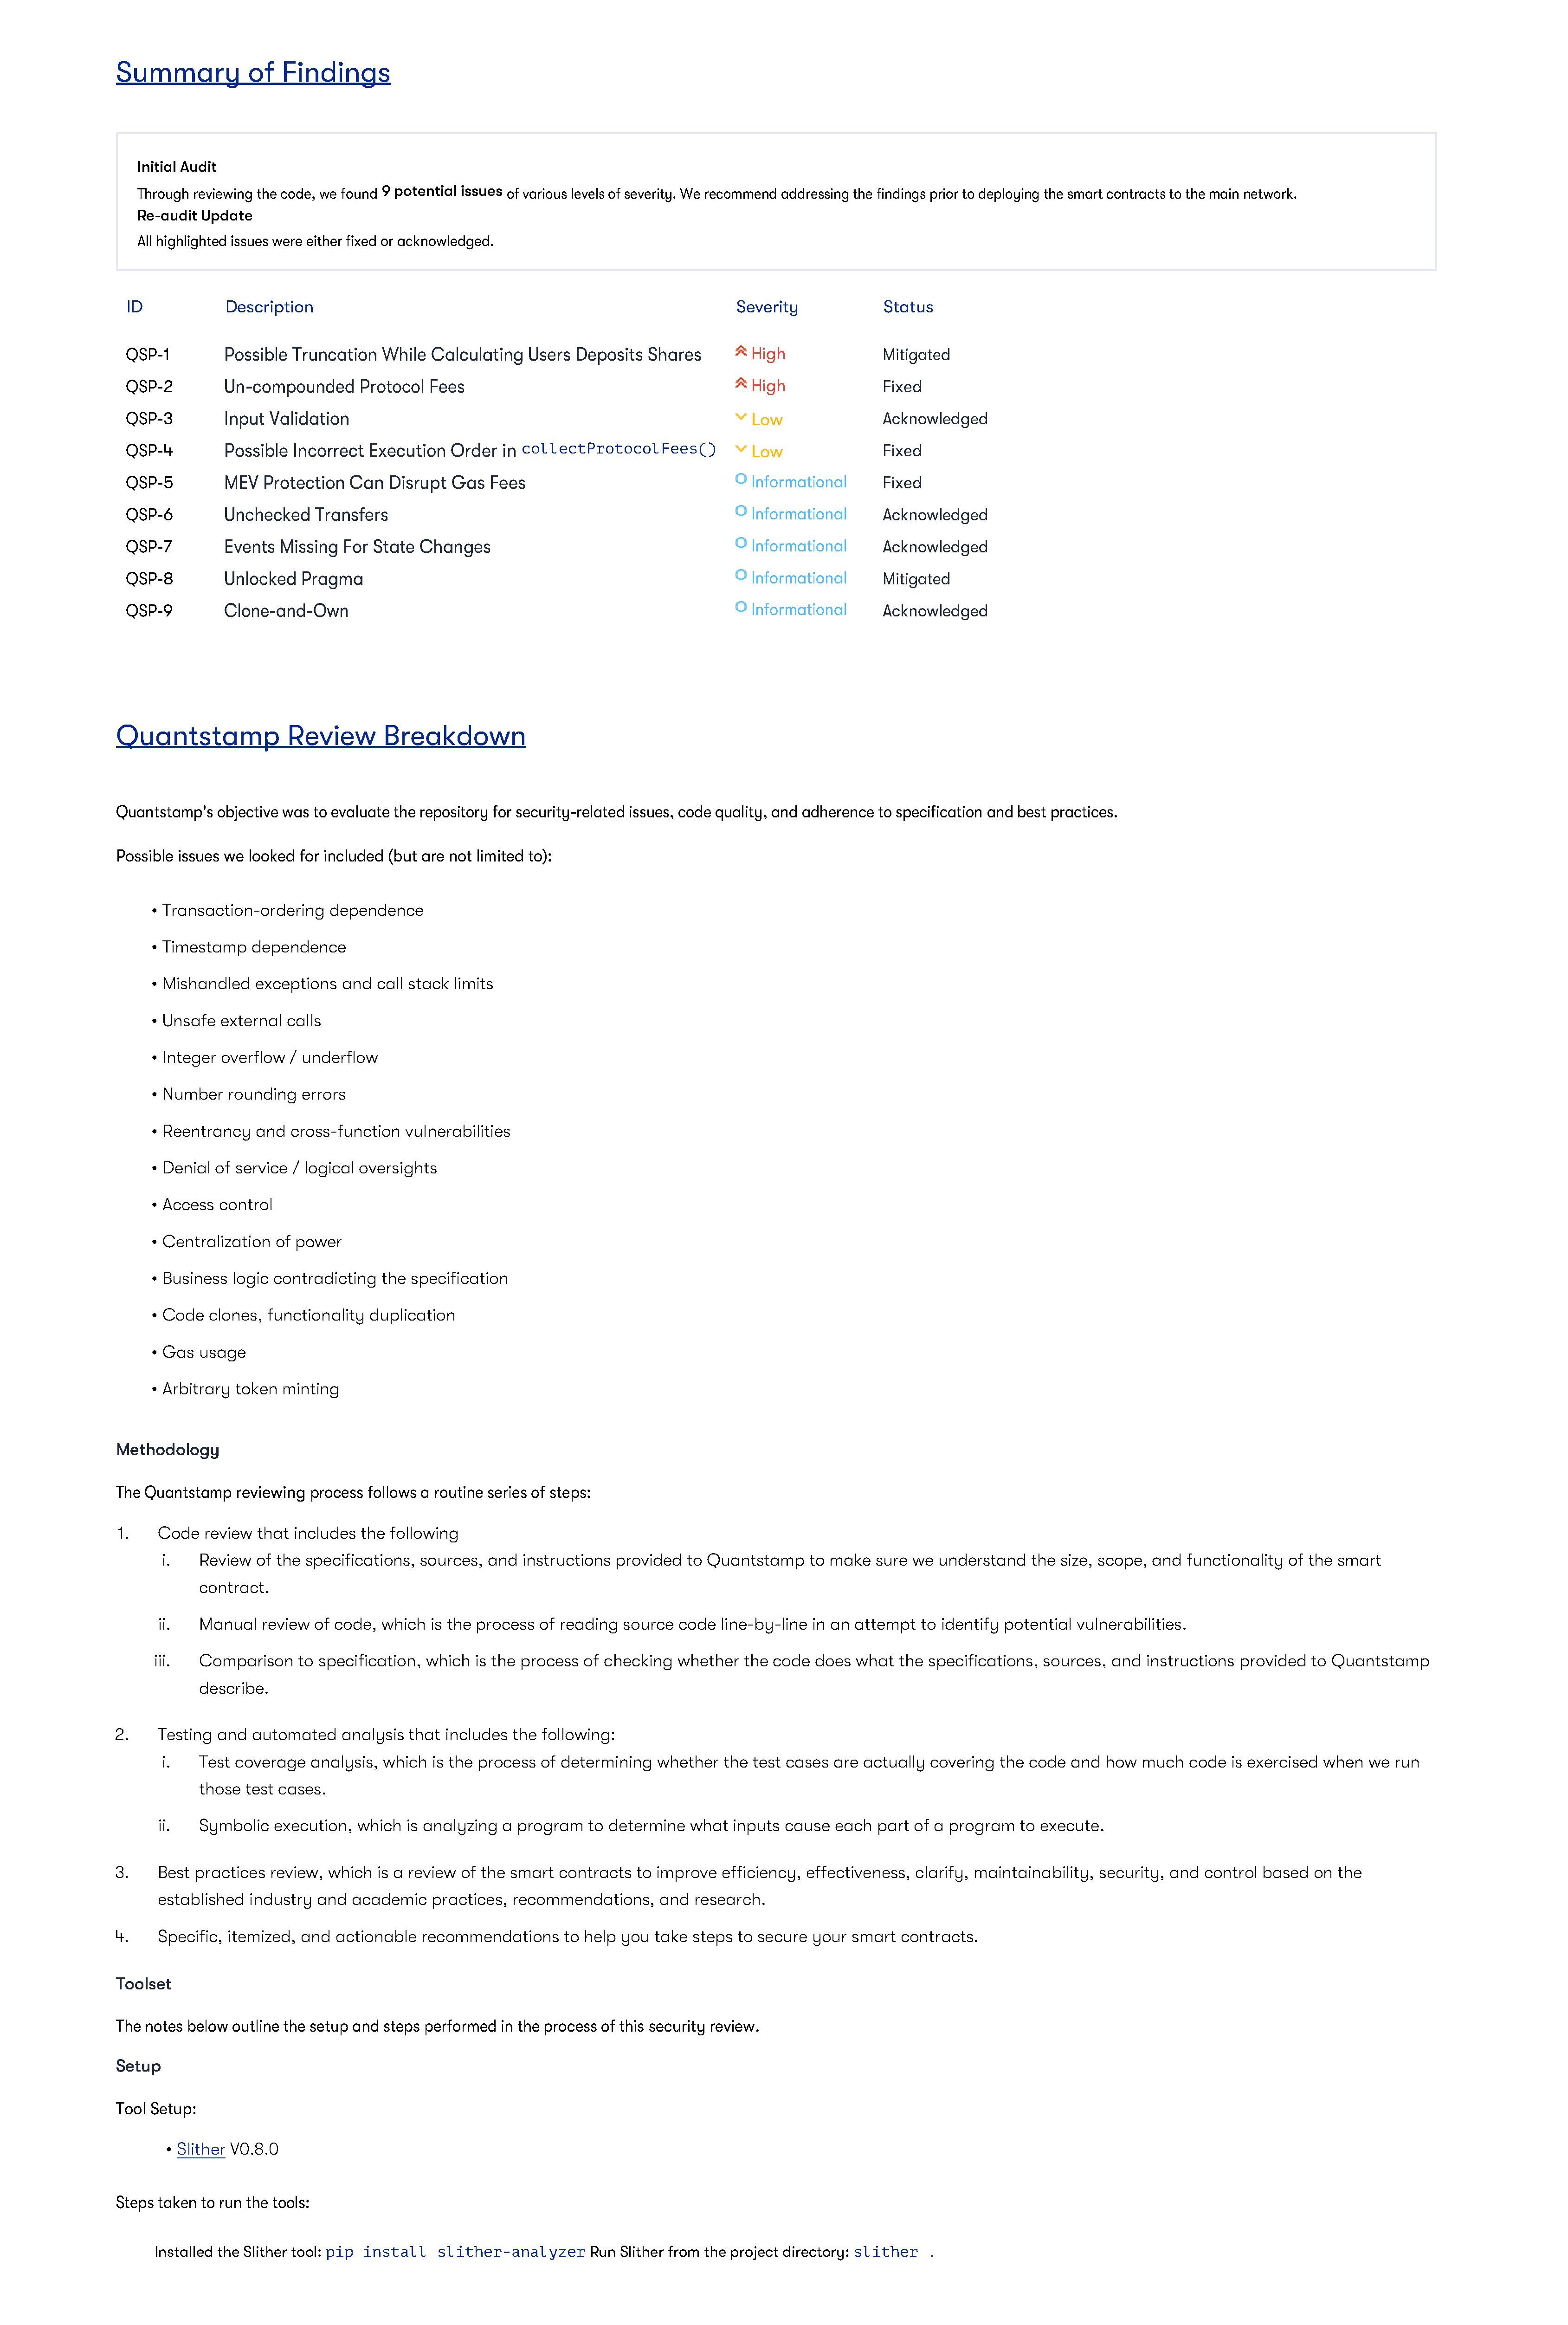
Summary           of   Findings
 Initial Audit
 Through reviewing the code, we found 9 potential issues of various levels of severity. We recommend addressing the findings prior to deploying the smart contracts to the main network.
 Re-audit Update
 All highlighted issues were either fixed or acknowledged.
 ID            Description                                                              Severity             Status
 QSP-1         Possible  Truncation   While  Calculating  Users  Deposits  Shares         High               Mitigated
 QSP-2         Un-compounded      Protocol  Fees                                          High               Fixed
 QSP-3         Input Validation                                                           Low                Acknowledged
 QSP-4         Possible  Incorrect  Execution  Order   in collectProtocolFees()           Low                Fixed
 QSP-5         MEV   Protection  Can  Disrupt  Gas   Fees                                 Informational      Fixed
 QSP-6         Unchecked    Transfers                                                     Informational      Acknowledged
 QSP-7         Events  Missing  For State  Changes                                        Informational      Acknowledged
 QSP-8         Unlocked   Pragma                                                          Informational      Mitigated
 QSP-9         Clone-and-Own                                                              Informational      Acknowledged
 Quantstamp              Review        Breakdown
 Quantstamp's  objective was to evaluate the repository for security-related issues, code quality, and adherence to specification and best practices.
 Possible issues we looked for included (but are not limited to):
 • Transaction-ordering   dependence
 • Timestamp   dependence
 • Mishandled  exceptions   and  call stack limits
 • Unsafe external  calls
 • Integer overflow / underflow
 • Number   rounding  errors
 • Reentrancy  and  cross-function   vulnerabilities
 • Denial of service / logical oversights
 • Access control
 • Centralization of power
 • Business logic contradicting  the  specification
 • Code  clones, functionality  duplication
 • Gas usage
 • Arbitrary token minting
 Methodology
 The Quantstamp   reviewing process follows a routine series of steps:
 1.   Code   review  that includes the  following
 i.   Review   of the specifications, sources,  and  instructions provided  to Quantstamp    to make   sure we  understand   the size, scope, and  functionality  of the smart
 contract.
 ii.  Manual   review  of code, which  is the process  of reading  source  code  line-by-line in an attempt  to identify potential  vulnerabilities.
 iii.  Comparison     to specification, which  is the process of checking   whether  the code  does  what  the specifications,  sources,  and instructions  provided  to Quantstamp
 describe.
 2.    Testing  and  automated    analysis that  includes the following:
 i.   Test  coverage  analysis,  which  is the process of determining   whether  the test cases  are actually  covering  the code  and  how  much   code  is exercised when  we  run
 those  test cases.
 ii.  Symbolic   execution,  which  is analyzing  a program   to determine  what   inputs cause  each  part of a program   to execute.
 3.    Best  practices  review, which  is a review of the smart  contracts  to improve  efficiency, effectiveness,  clarify, maintainability, security, and  control based  on  the
 established   industry and  academic    practices, recommendations,     and  research.
 4.    Specific, itemized,  and  actionable  recommendations     to help  you take  steps to secure  your smart  contracts.
 Toolset
 The notes below outline the setup and steps performed in the process of this security review.
 Setup
 Tool Setup:
 • Slither V0.8.0
 Steps taken to run the tools:
 Installed the Slither tool: pip install slither-analyzer      Run Slither from the project directory: slither .